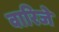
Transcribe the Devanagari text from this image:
वारिजे